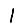
Digit: 1